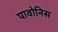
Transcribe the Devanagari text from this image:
पावोनिस